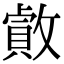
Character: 𢿓